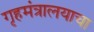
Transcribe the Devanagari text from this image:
गृहमंत्रालयाचा